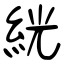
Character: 絖